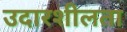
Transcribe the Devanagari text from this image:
उदारशीलता